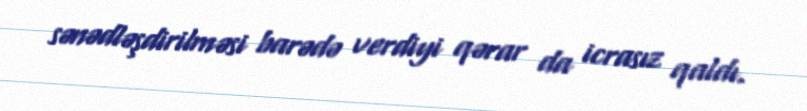
sənədləşdirilməsi barədə verdiyi qərar da icrasız qaldı.